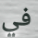
في